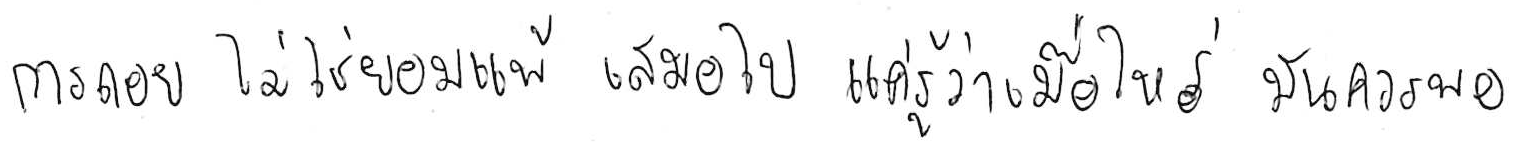
การถอย ไม่ใช่ยอมแพ้ เสมอไป แค่รู้ว่าเมื่อไหร่ มันควรพอ